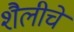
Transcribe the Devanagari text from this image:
शैलीचें